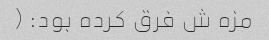
مزه ش فرق کرده بود: (